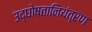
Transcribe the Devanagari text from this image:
उद्घोषतानियंत्रण